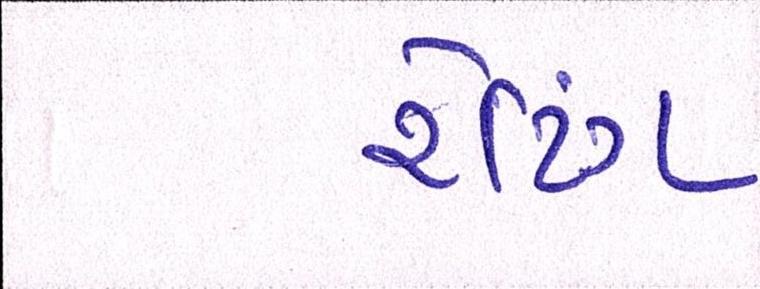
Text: રેટિંગ